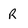
Character: r